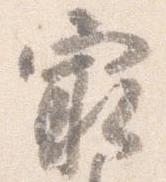
最